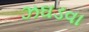
ઝઘડવા